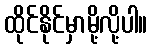
ထိုင်နိုင်မှာမို့လို့ပါ။